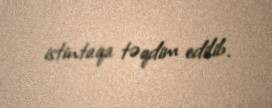
istintaqa təqdim edilib.